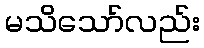
မသိသော်လည်း